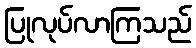
ပြုလုပ်လာကြသည်